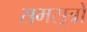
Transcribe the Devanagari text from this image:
समसूत्रों